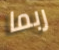
ربما